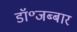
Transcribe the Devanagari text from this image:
डॉ॰जब्बार